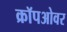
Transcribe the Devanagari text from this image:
क्रॉपओवर